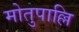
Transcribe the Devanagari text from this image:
मोतुपाल्लि